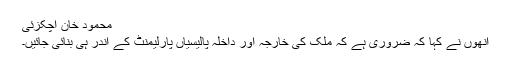
محمود خان اچکزئی
اُنھوں نے کہا کہ ضروری ہے کہ ملک کی خارجہ اور داخلہ پالیسیاں پارلیمنٹ کے اندر ہی بنائی جائیں۔